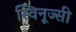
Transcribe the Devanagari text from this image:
स्विनूज्सी